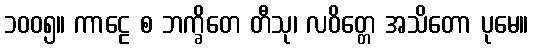
၁၀၀၅။ ကာဠေ စ ဘက္ခိတေ တီသု၊ လဝိတ္တေ အသိတော ပုမေ။